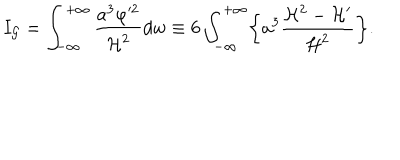
I _ { \cal G } = \int _ { - \infty } ^ { + \infty } \frac { a ^ { 3 } \varphi ^ { 2 } } { { \cal H } ^ { 2 } } d w \equiv 6 \int _ { - \infty } ^ { + \infty } \biggl \{ a ^ { 3 } \frac { { \cal H } ^ { 2 } - { \cal H } ^ { \prime } } { { \cal H } ^ { 2 } } \biggr \} .